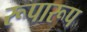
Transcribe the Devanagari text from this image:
रूपारूप